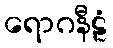
ရောဂနီဠံ